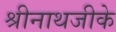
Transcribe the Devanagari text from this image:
श्रीनाथजीके